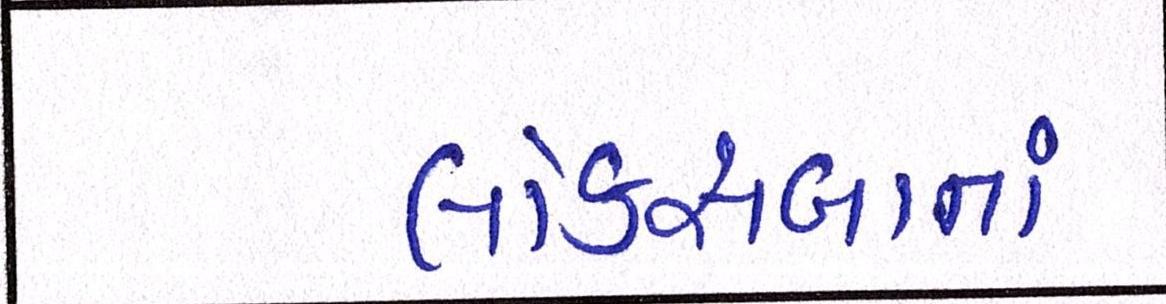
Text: લોકસબાનાં